Source: Handwritten
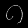
Digit: ၈ (8)